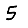
Digit: 5